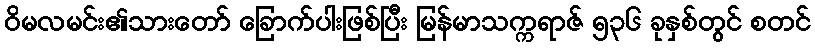
ဝိမလမင်း၏သားတော် ခြောက်ပါးဖြစ်ပြီး မြန်မာသက္ကရာဇ် ၅၃၆ ခုနှစ်တွင် စတင်